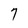
Character: 7